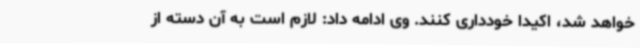
خواهد شد، اکیدا خودداری کنند. وی ادامه داد: لازم است به آن دسته از